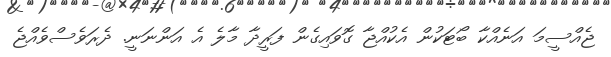
ޖެއްސީމަ އަނެއްކާ ބޯޓަކުން އެކުއްޖާ ގޮވައިގެން ފަރީދާ މާލެ އެ އަންނަނީ. ދެރަވެސްވެއްޖެ